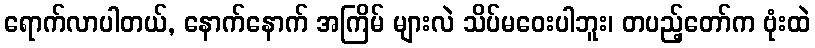
ရောက်လာပါတယ်, နောက်နောက် အကြိမ် များလဲ သိပ်မဝေးပါဘူး၊ တပည့်တော်က ဗုံးထဲ